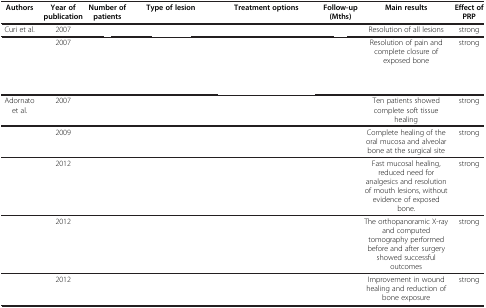
<table><thead><tr><td><b>Authors</b></td><td><b>Year of publication</b></td><td><b>Number of patients</b></td><td><b>Type of lesion</b></td><td><b>Treatment options</b></td><td><b>Follow-up (Mths)</b></td><td><b>Main results</b></td><td><b>Effect of PRP</b></td></tr></thead><tbody><tr><td>Curi et al.</td><td>2007</td><td>[EMPTY_CELL]</td><td>[EMPTY_CELL]</td><td>[EMPTY_CELL]</td><td>[EMPTY_CELL]</td><td>Resolution of all lesions</td><td>strong</td></tr><tr><td>[EMPTY_CELL]</td><td>2007</td><td>[EMPTY_CELL]</td><td>[EMPTY_CELL]</td><td>[EMPTY_CELL]</td><td>[EMPTY_CELL]</td><td>Resolution of pain and complete closure of exposed bone</td><td>strong</td></tr><tr><td>Adornato et al.</td><td>2007</td><td>[EMPTY_CELL]</td><td>[EMPTY_CELL]</td><td>[EMPTY_CELL]</td><td>[EMPTY_CELL]</td><td>Ten patients showed complete soft tissue healing</td><td>strong</td></tr><tr><td>[EMPTY_CELL]</td><td>2009</td><td>[EMPTY_CELL]</td><td>[EMPTY_CELL]</td><td>[EMPTY_CELL]</td><td>[EMPTY_CELL]</td><td>Complete healing of the oral mucosa and alveolar bone at the surgical site</td><td>strong</td></tr><tr><td>[EMPTY_CELL]</td><td>2012</td><td>[EMPTY_CELL]</td><td>[EMPTY_CELL]</td><td>[EMPTY_CELL]</td><td>[EMPTY_CELL]</td><td>Fast mucosal healing, reduced need for analgesics and resolution of mouth lesions, without evidence of exposed bone.</td><td>strong</td></tr><tr><td>[EMPTY_CELL]</td><td>2012</td><td>[EMPTY_CELL]</td><td>[EMPTY_CELL]</td><td>[EMPTY_CELL]</td><td>[EMPTY_CELL]</td><td>The orthopanoramic X-ray and computed tomography performed before and after surgery showed successful outcomes</td><td>strong</td></tr><tr><td>[EMPTY_CELL]</td><td>2012</td><td>[EMPTY_CELL]</td><td>[EMPTY_CELL]</td><td>[EMPTY_CELL]</td><td>[EMPTY_CELL]</td><td>Improvement in wound healing and reduction of bone exposure</td><td>strong</td></tr></tbody></table>